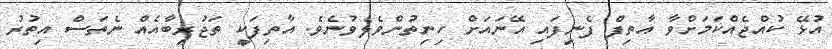
އުޅޭ ކުއްޖެއްކަމަށްވާ އާތިފް ފެނިފައި އޭނައަށް ހިނިތުންވެލެވުނެވެ. އާތިފަކީ ތަޖުރިބާއެއް ނެތަސް އިތުރު